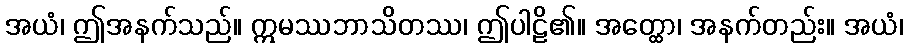
အယံ၊ ဤအနက်သည်။ ဣမဿဘာသိတဿ၊ ဤပါဠိ၏။ အတ္ထော၊ အနက်တည်း။ အယံ၊